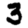
Digit: 3